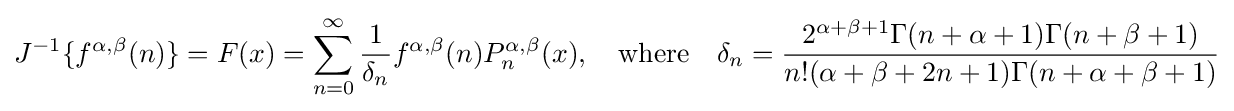
J^{-1}\{f^{\alpha ,\beta }(n)\}=F(x)=\sum _{n=0}^{\infty }{\frac {1}{\delta _{n}}}f^{\alpha ,\beta }(n)P_{n}^{\alpha ,\beta }(x),\quad {\text{where}}\quad \delta _{n}={\frac {2^{\alpha +\beta +1}\Gamma (n+\alpha +1)\Gamma (n+\beta +1)}{n!(\alpha +\beta +2n+1)\Gamma (n+\alpha +\beta +1)}}